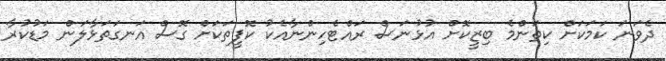
ދެވަނަ ކަމަކަށް ކިތަންމެ ބިޒީކޮށް އުޅުނަސް ރައްޓެހިންނާއެކު ކޮފީތަކަށް ގޮސް އަނގަތަޅާލަން މަޑުކުރާ